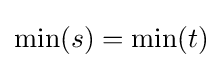
\min(s)=\min(t)